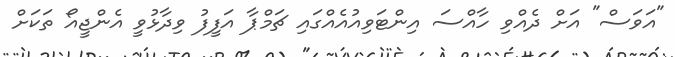
"އަވަސް" އަށް ދެއްވި ހާއްސަ އިންޓަވިއުއެއްގައި ޗަމްޕާ އަފީފު ވިދާޅުވީ އެންޖީއޯ ތަކަށް